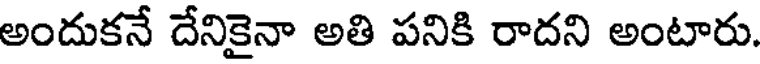
అందుకనే దేనికైనా అతి పనికి రాదని అంటారు.